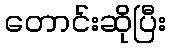
တောင်းဆိုပြီး